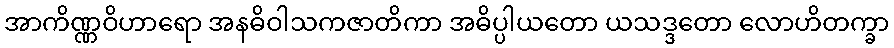
အာကိဏ္ဏဝိဟာရော အနဓိဝါသကဇာတိကာ အဓိပ္ပါယတော ယသဒ္ဒတော လောဟိတက္ခာ